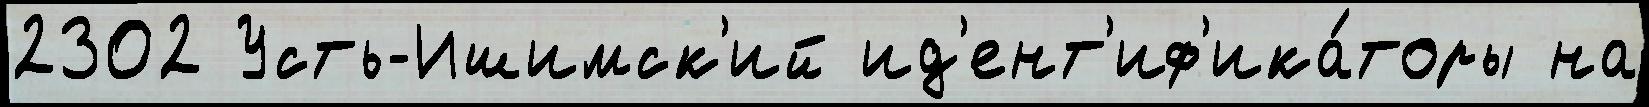
2302 Усть-Ишимск'ий ид'ент'иф'ика́торы на